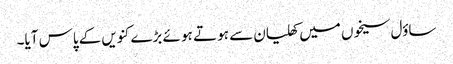
ساؤل سیخوں میں کھلیان سے ہو تے ہو ئے بڑے کنویں کے پاس آیا۔